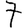
Digit: 7